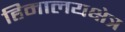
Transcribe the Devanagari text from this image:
हिमालयक्षेत्र